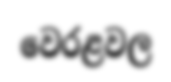
වෙරළවල